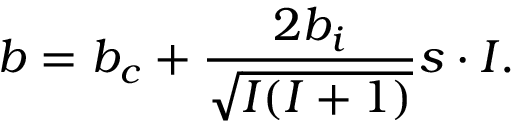
b = b _ { c } + { \frac { 2 b _ { i } } { \sqrt { I ( I + 1 ) } } } { s } \cdot { I } .